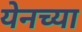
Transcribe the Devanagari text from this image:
येनच्या